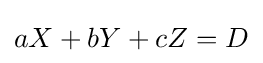
aX+bY+cZ=D